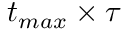
t _ { m a x } \times \tau